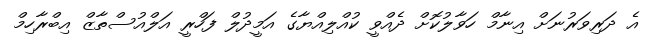
އެ ދަރިވަރުނަށް އިނާމް ހަވާލުކޮށް ދެއްވީ ކުއްލިއްޔާގެ އަމީދުލް ފަހްރީ އަލްއުސްތާޒް އިބްރާހިމް